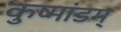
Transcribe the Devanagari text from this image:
कुष्मांडम्